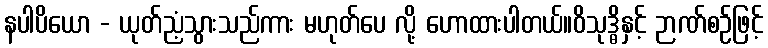
နပါပိယော - ယုတ်ညံ့သွားသည်ကား မဟုတ်ပေ လို့ ဟောထားပါတယ်။ဝိသုဒ္ဓိနှင့် ဉာဏ်စဉ်ဖြင့်